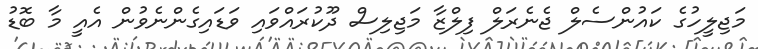
މަޖިލީހުގެ ކައުންސެލް ޖެނެރަލް ފިލްޒާ މަޖިލިސް ދޫކުރައްވައި ވަޑައިގެންނެވުން އެއީ މާ ބޮޑު